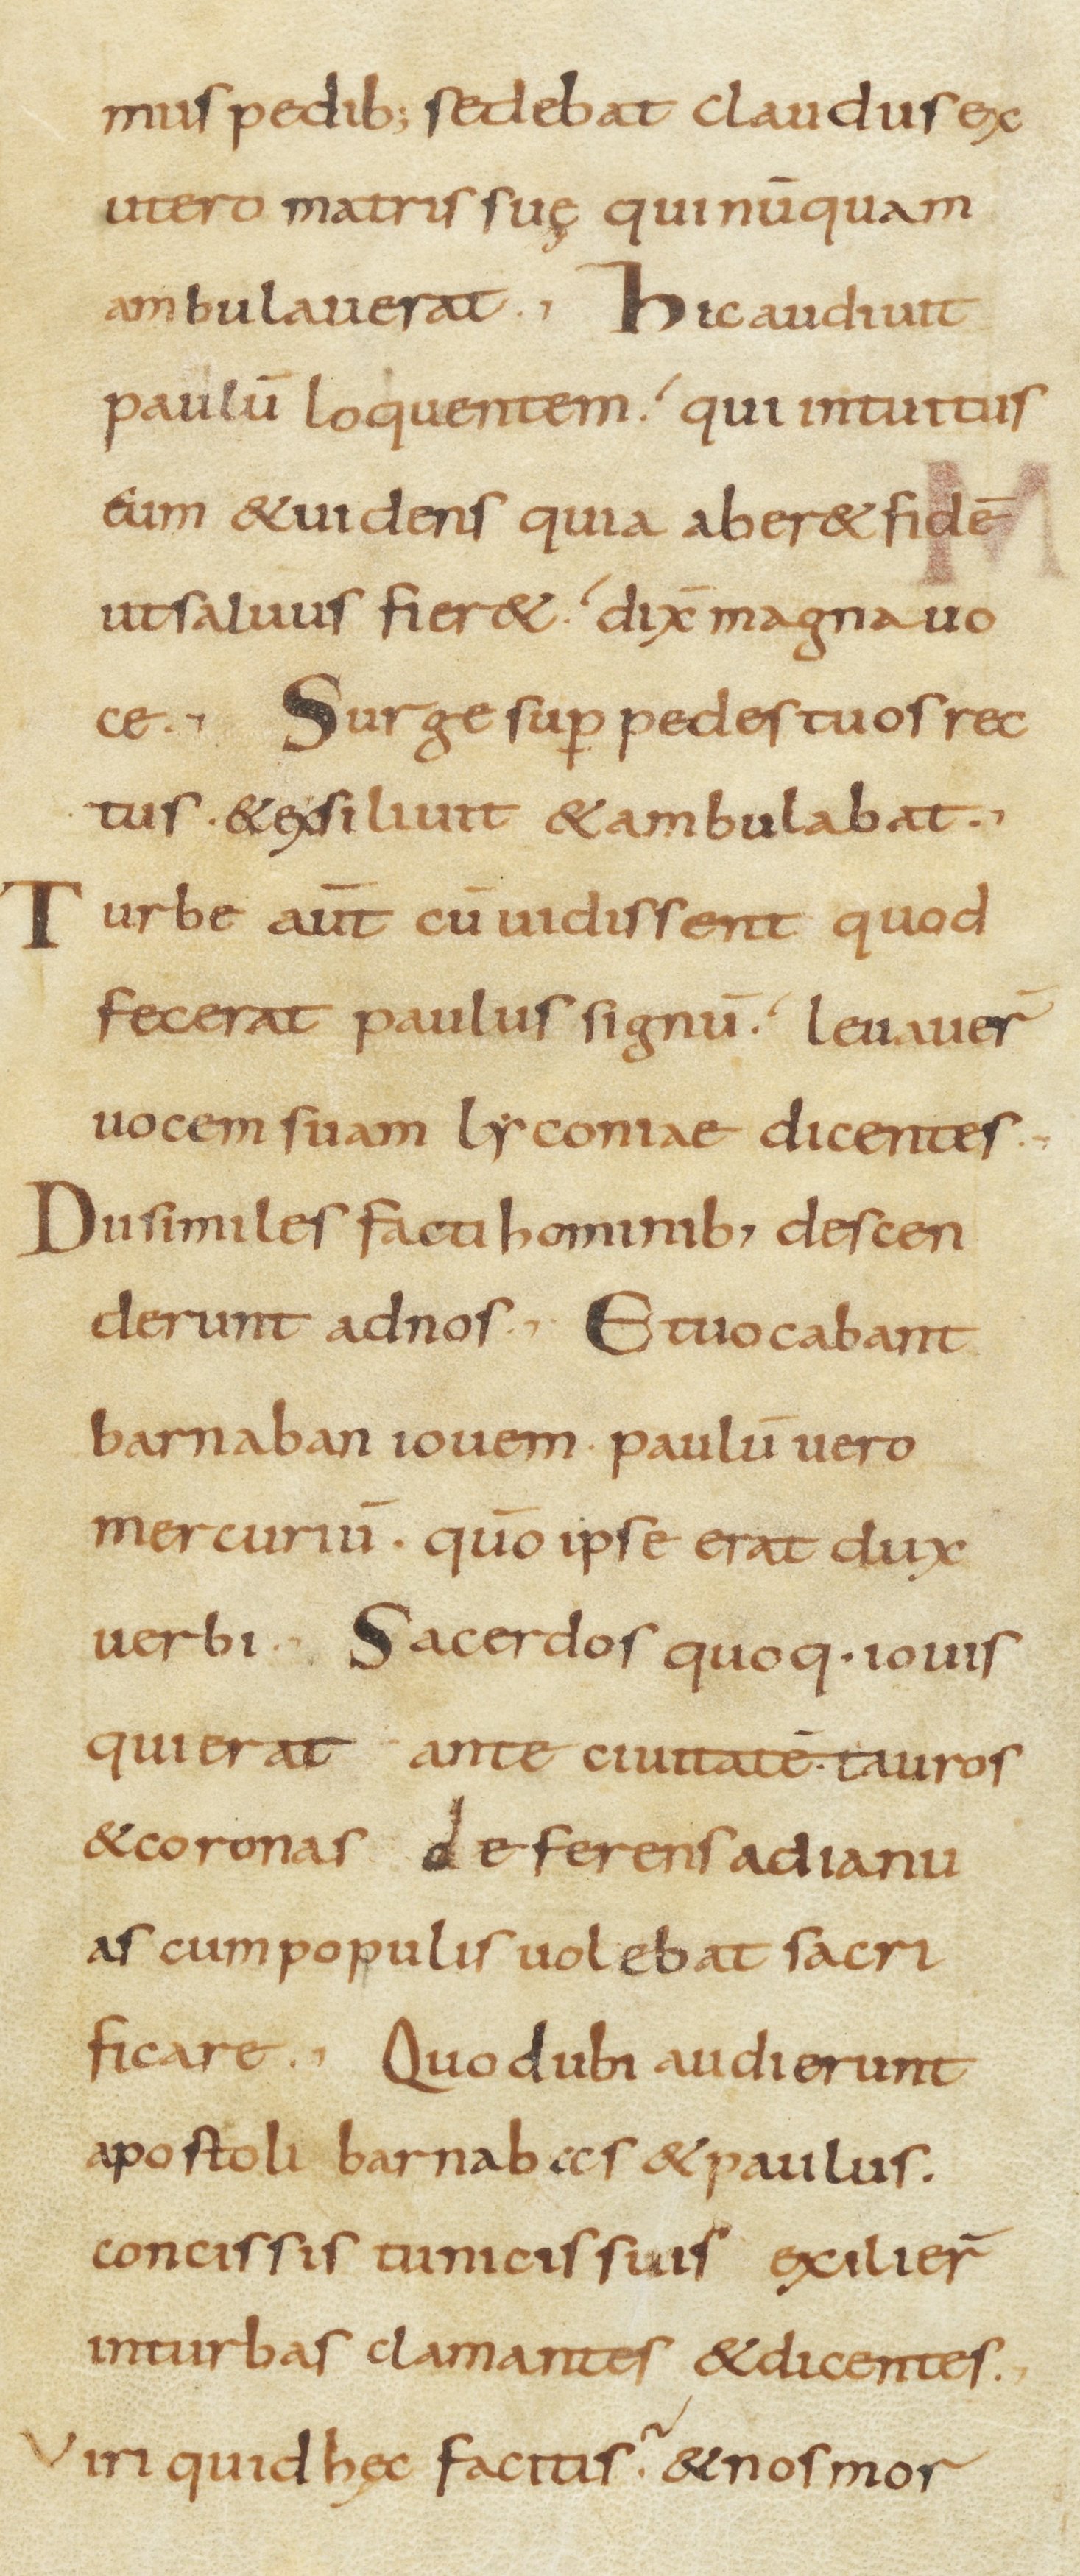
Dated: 800–899